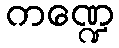
ကဏ္ဍေ